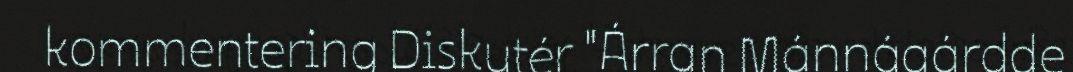
kommentering Diskutér "Árran Mánnágárdde